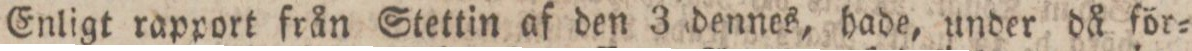
Enligt rapport från Stettin af den 3 dennes, hade, under då för=